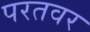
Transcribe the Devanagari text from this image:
परतवर